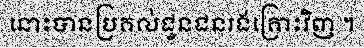
នោះបានប្រគល់ជូនជនរងគ្រោះវិញ ។